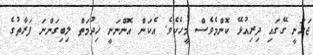
ޖަހަނީ ގޭގައި ދިރިއުޅޭ ކޮންމެވެސް މީހެކެވެ. އެކަން އޮންނަނީ ޚިދުމަތް ލިބިގަންނަ ފަރާތުގެ